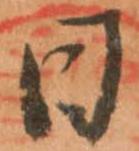
日